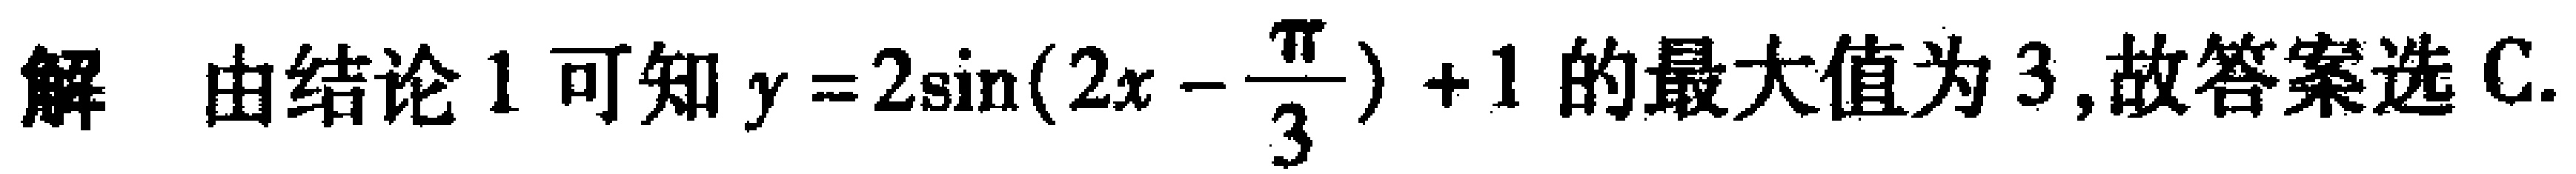
解 由结论1可知\(y = 2\sin(2x - \frac{\pi}{3}) + 1\)的最大值为\(3\),故答案选C.